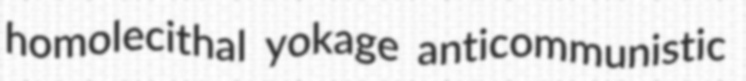
homolecithal yokage anticommunistic